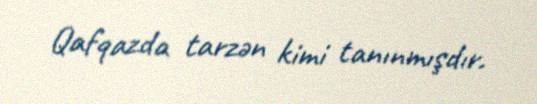
Qafqazda tarzən kimi tanınmışdır.